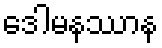
ဒေါမနဿာန